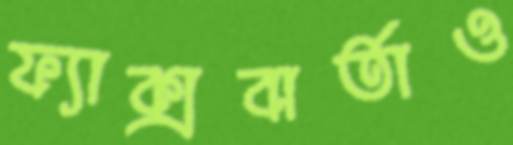
ফ্যাক্সবার্তাও